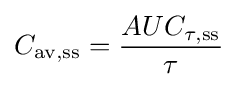
C_{{\text{av}},{\text{ss}}}={\frac {AUC_{\tau ,{\text{ss}}}}{\tau }}